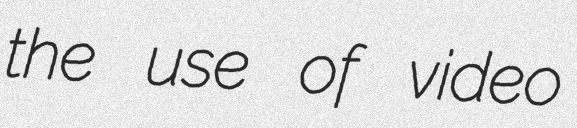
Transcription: the use of video